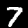
Digit: 7